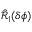
\hat { \mathcal { R } } _ { 1 } ( \delta \phi )